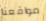
مواقعنا